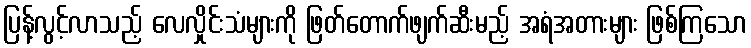
ပြန့်လွင့်လာသည့် လေလှိုင်းသံများကို ဖြတ်တောက်ဖျက်ဆီးမည့် အရံအတားများ ဖြစ်ကြသော